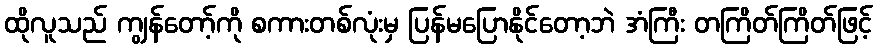
ထိုလူသည် ကျွန်တော့်ကို စကားတစ်လုံးမှ ပြန်မပြောနိုင်တော့ဘဲ အံကြီး တကြိတ်ကြိတ်ဖြင့်